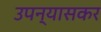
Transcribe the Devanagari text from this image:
उपन्यासकर